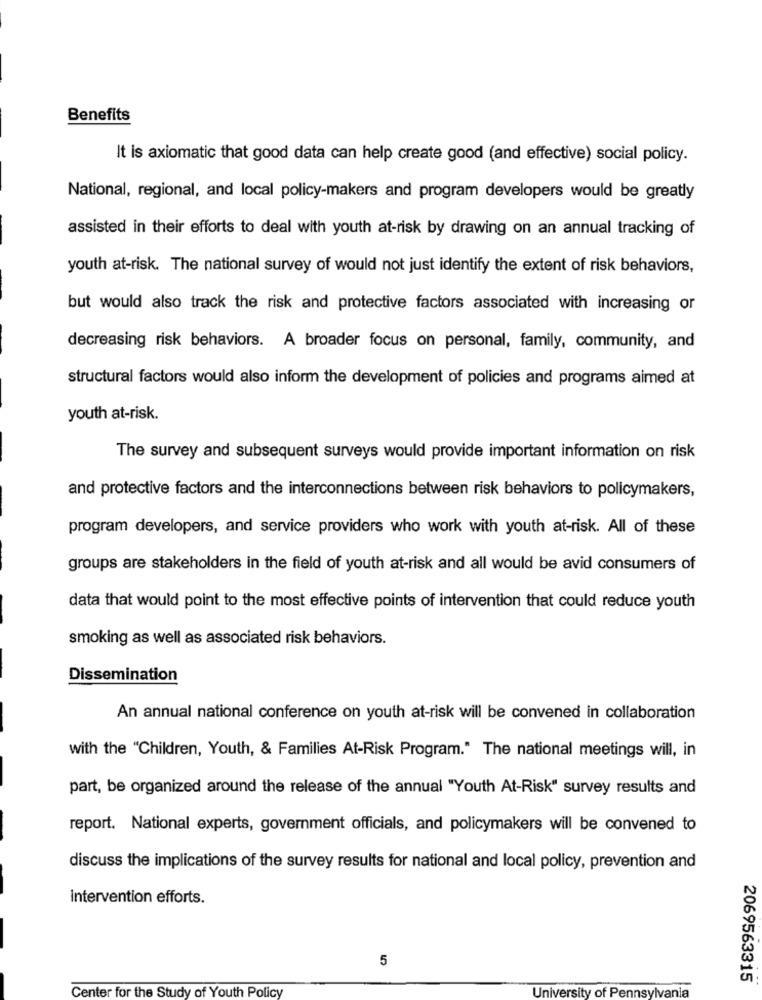
Benefits
It is axiomatic that good data can help create good (and effective) social policy.
National, regional, and local policy-makers and program developers would be greatly
assisted in their efforts to deal with youth at-risk by drawing on an annual tracking of
youth at-risk. The national survey of would not just identify the extent of risk behaviors,
but would also track the risk and protective factors associated with increasing or
decreasing risk behaviors. A broader focus on personal, family, community, and
structural factors would also inform the development of policies and programs aimed at
youth at-risk.
The survey and subsequent surveys would provide important information on risk
and protective factors and the interconnections between risk behaviors to policymakers,
program developers, and service providers who work with youth at-risk. All of these
groups are stakeholders in the field of youth at-risk and all would be avid consumers of
data that would point to the most effective points of intervention that could reduce youth
smoking as well as associated risk behaviors.
Dissemination
An annual national conference on youth at-risk will be convened in collaboration
with the "Children, Youth, & Families At-Risk Program." The national meetings will, in
part, be organized around the release of the annual "Youth At-Risk" survey results and
report. National experts, government officials, and policymakers will be convened to
discuss the implications of the survey results for national and local policy, prevention and
Intervention efforts.
5
2069563315
Center for the Study of Youth Policy
University of Pennsylvania